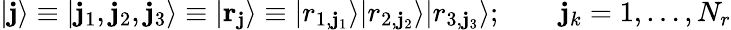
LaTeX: |\mathbf{j}\rangle\equiv|\mathbf{j}_{1},\mathbf{j}_{2},\mathbf{j}_{3}\rangle\equiv|{\mathbf{r}}_{\mathbf{j}}\rangle\equiv|r_{1,\mathbf{j}_{1}}\rangle|r_{2,\mathbf{j}_{2}}\rangle|r_{3,\mathbf{j}_{3}}\rangle;\qquad\mathbf{j}_{k}=1,\ldots,N_{r}